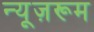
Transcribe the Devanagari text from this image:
न्यूज़रूम